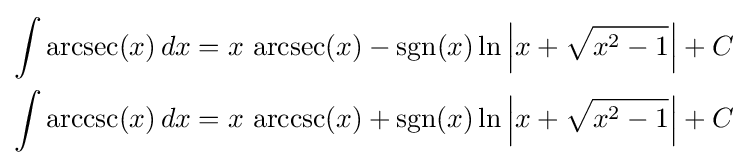
{\begin{aligned}\int \operatorname {arcsec} (x)\,dx&{}=x\,\operatorname {arcsec} (x)-\operatorname {sgn} (x)\ln \left|x+{\sqrt {x^{2}-1}}\right|+C\\\int \operatorname {arccsc} (x)\,dx&{}=x\,\operatorname {arccsc} (x)+\operatorname {sgn} (x)\ln \left|x+{\sqrt {x^{2}-1}}\right|+C\end{aligned}}